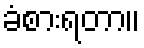
ခံစားရတာ။